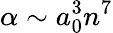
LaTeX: \alpha\sim a_{0}^{3}n^{7}